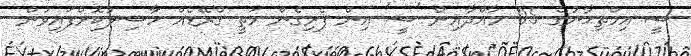
ސީ އިމްތިޙާނުގެ 05 މާއްދާއިން 'ސީ' އިން ފެށިގެން މަތީ ގްރޭޑެއް ހާސިލުކޮށްފައިވުން